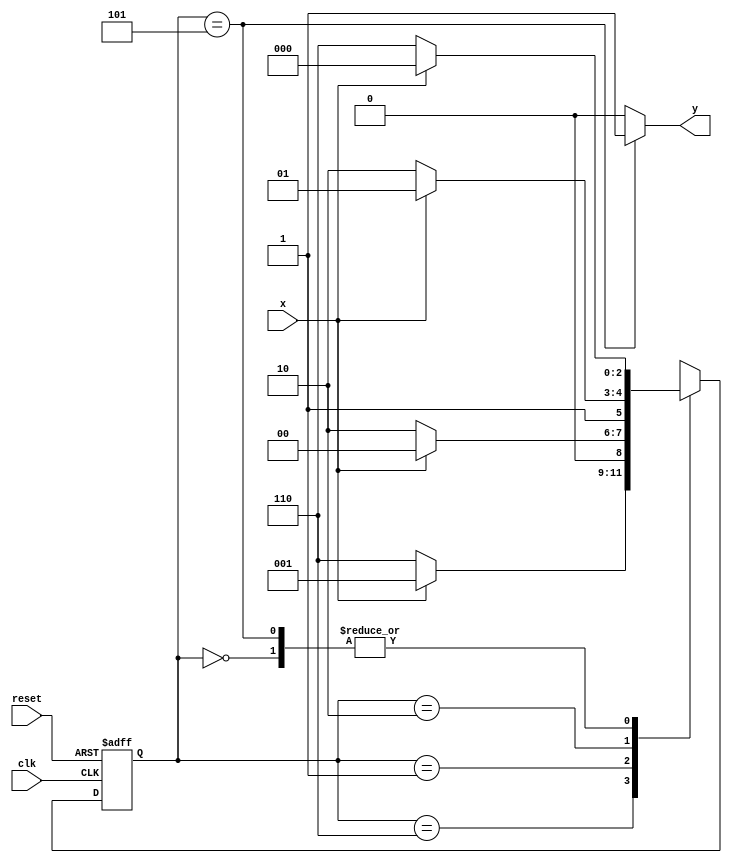
// -----------------------------------------------------------------
// Guia 11 - Exericio 02 - mquina de estados finitos (Moore - FSM)
// capaz de reconhecer uma sequncia (0101)
// Nome: Eduardo de Abreu Fortes
// -----------------------------------------------------------------

// constant definitions
`define found 1
`define notfound 0

// FSM by Moore
module  guia11_ex02 ( y, x, clk, reset );
output y;
input x;
input clk;
input reset;

reg y;

parameter //state identifiers
start = 3'b000,
id0 = 3'b110,
id01 = 3'b001,
id010 = 3'b010,
id0101 = 3'b101;  //signal found

reg [2:0] E1;	// current state variables
reg [2:0] E2;	// next state logic output

// next state logic

always @( x or E1 )
begin
y = `notfound;

case( E1 )
start:
if ( x )
E2 = start;
else
E2 = id0;

id0:
if ( x )
E2 = id01;
else
E2 = id0;

id01:
if ( x )
E2 = start;
else
E2 = id010;

id010:
if ( x )
E2 = id0101;
else
E2 = id0;

id0101:
if ( x )
begin
E2 = start;
y = `found;
end
else
begin
E2 = id0;
y = `found;
end

default: // undefined statee  
E2 = 3'bxxx;

endcase
end //always at signal or state changing


// state variables
always @( posedge clk or negedge reset )
begin
if ( reset )
E1 = E2; // updates current state
else
E1 = 0; // reset
end // always at signal changing

endmodule //--fim guia11_ex02